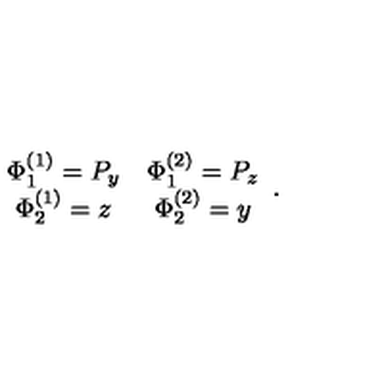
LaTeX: \begin{array} { c c } { \Phi _ { 1 } ^ { ( 1 ) } = P _ { y } } & { \Phi _ { 1 } ^ { ( 2 ) } = P _ { z } } \\ { \Phi _ { 2 } ^ { ( 1 ) } = z } & { \Phi _ { 2 } ^ { ( 2 ) } = y } \\ \end{array} .